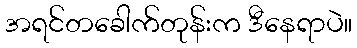
အရင်တခေါက်တုန်းက ဒီနေရာပဲ။